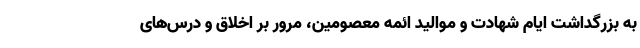
به بزرگداشت ایام شهادت و موالید ائمه معصومین، مرور بر اخلاق و درس‌های